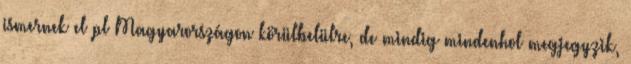
ismernek el pl Magyarországon körülbelülre, de mindig mindenhol megjegyzik,